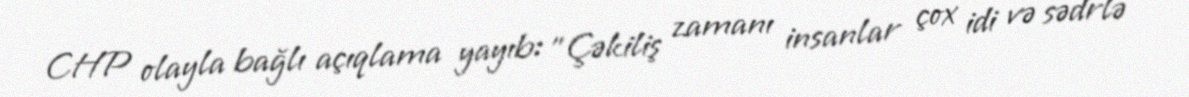
CHP olayla bağlı açıqlama yayıb: "Çəkiliş zamanı insanlar çox idi və sədrlə